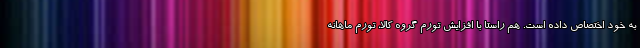
به خود اختصاص داده است. هم راستا با افزایش تورم گروه کالا، تورم ماهانه